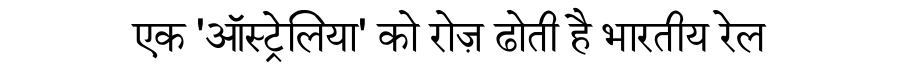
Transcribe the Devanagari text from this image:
एक 'ऑस्ट्रेलिया' को रोज़ ढोती है भारतीय रेल